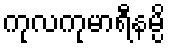
ကုလကုမာရီနမ္ပိ